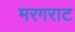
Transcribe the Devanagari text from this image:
मरगराट